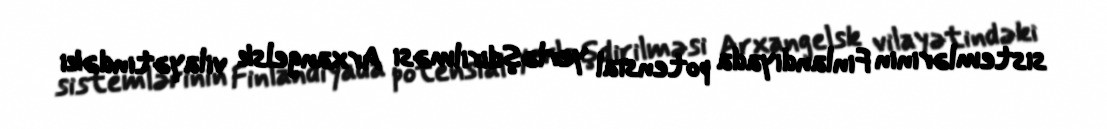
sistemlərinin Finlandiyada potensial yerləşdirilməsi Arxangelsk vilayətindəki